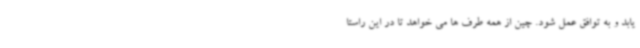
یابد و به توافق عمل شود. چین از همه طرف ها می خواهد تا در این راستا